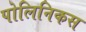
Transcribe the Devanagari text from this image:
पोलिनिकस